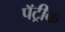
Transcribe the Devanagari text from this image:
पॅट्रीक